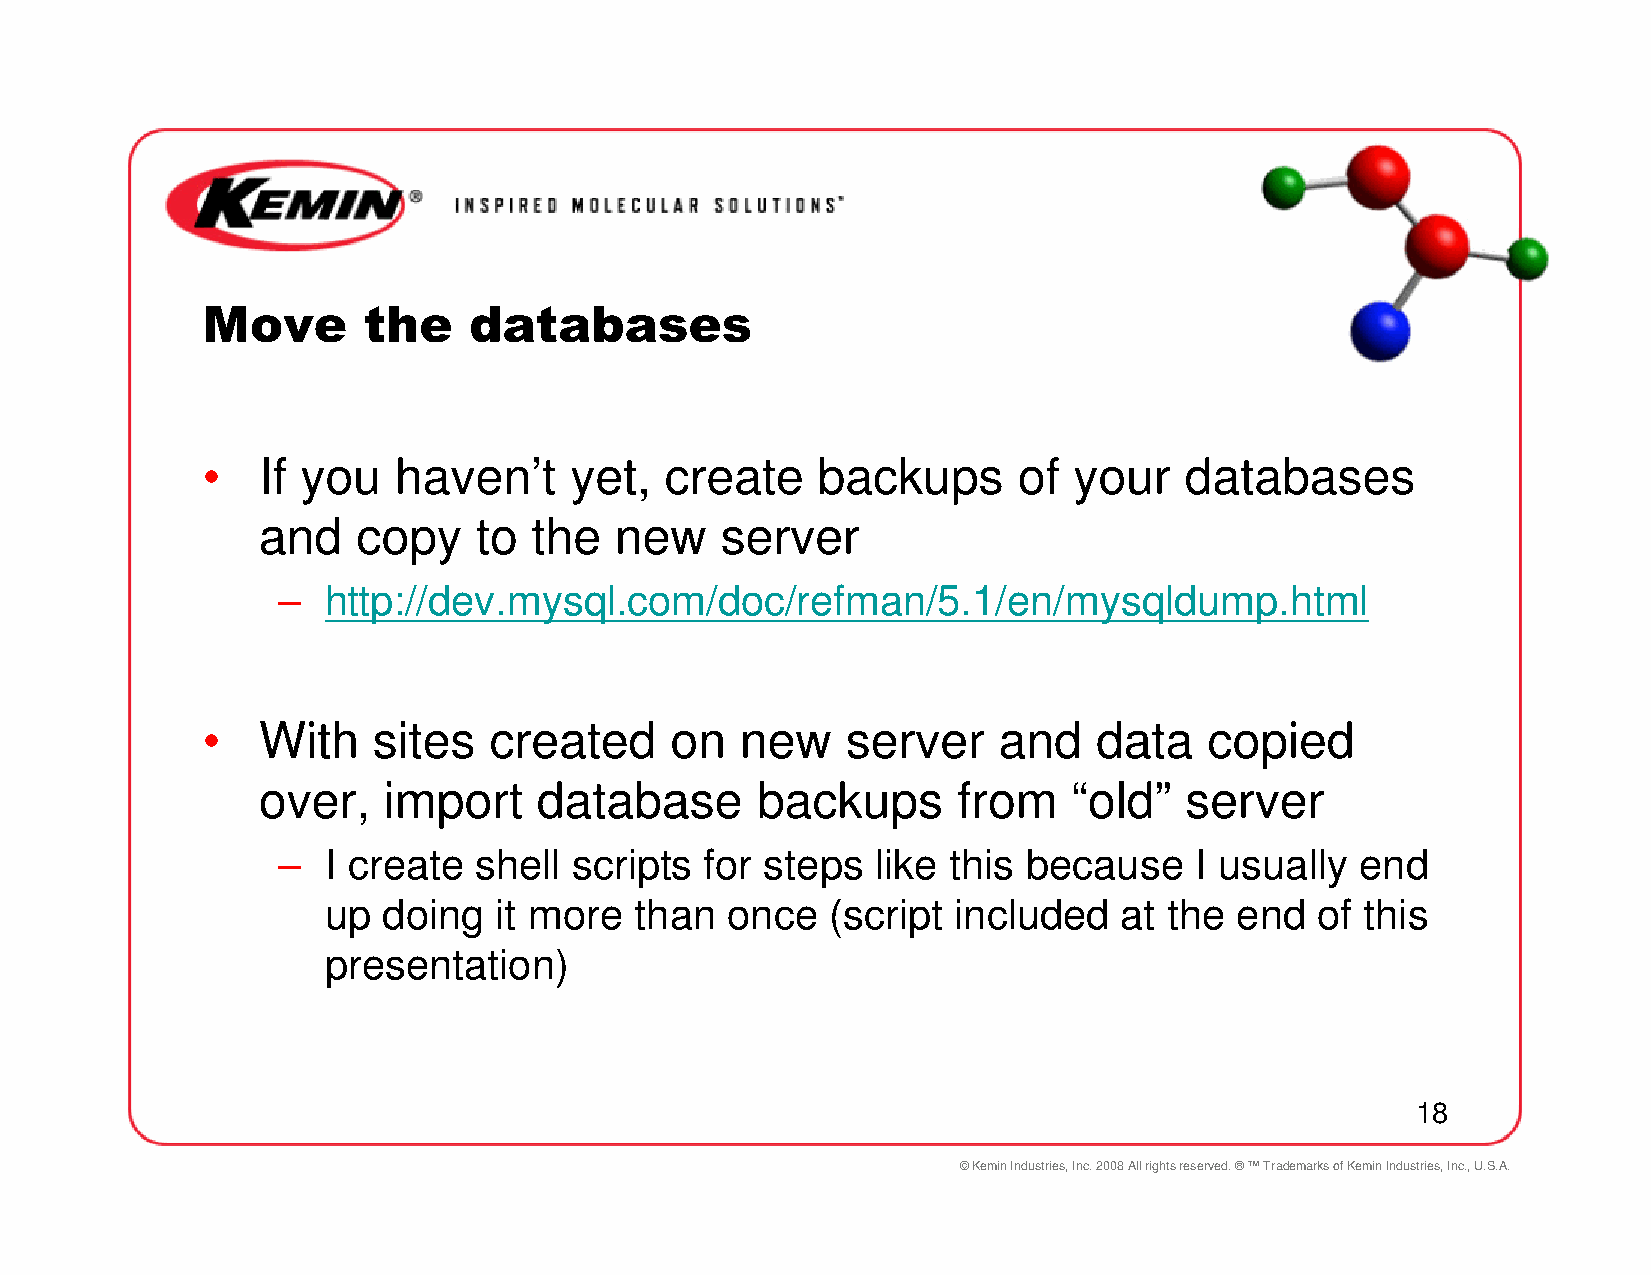
Move       the    databases
 •   If you   haven’t     yet,  create    backups      of  your   databases
 and    copy   to  the   new    server
 –  http://dev.mysql.com/doc/refman/5.1/en/mysqldump.html
 •   With    sites  created     on   new    server    and    data   copied
 over,   import     database      backups      from    “old”  server
 –  I create  shell  scripts  for steps  like this because    I usually  end
 up  doing   it more  than  once   (script included   at the  end  of this
 presentation)
 18
 © Kemin Industries, Inc. 2008 All rights reserved. ® ™ Trademarks of Kemin Industries, Inc., U.S.A.